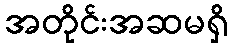
အတိုင်းအဆမရှိ